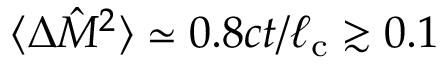
\langle \Delta \hat { M } ^ { 2 } \rangle \simeq 0 . 8 c t / \ell _ { \mathrm { c } } \gtrsim 0 . 1